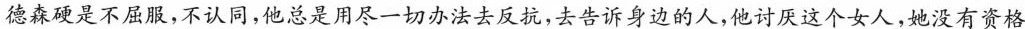
德森硬是不屈服，不认同，他总是用尽一切办法去反抗，去告诉身边的人，他讨厌这个女人，她没有资格